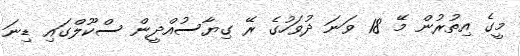
މީގެ އިތުރުން މޭ 18 ވަނަ ދުވަހުގެ ރޭ ގިޔާސުއްދީން ސްކޫލްގައި ޑިނަ